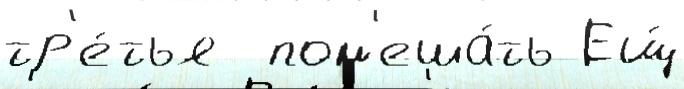
тр'е́тья  пом'еша́ть Ещ́